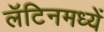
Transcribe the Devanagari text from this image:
लॅटिनमध्यें